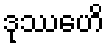
ဒုဿေဟိ